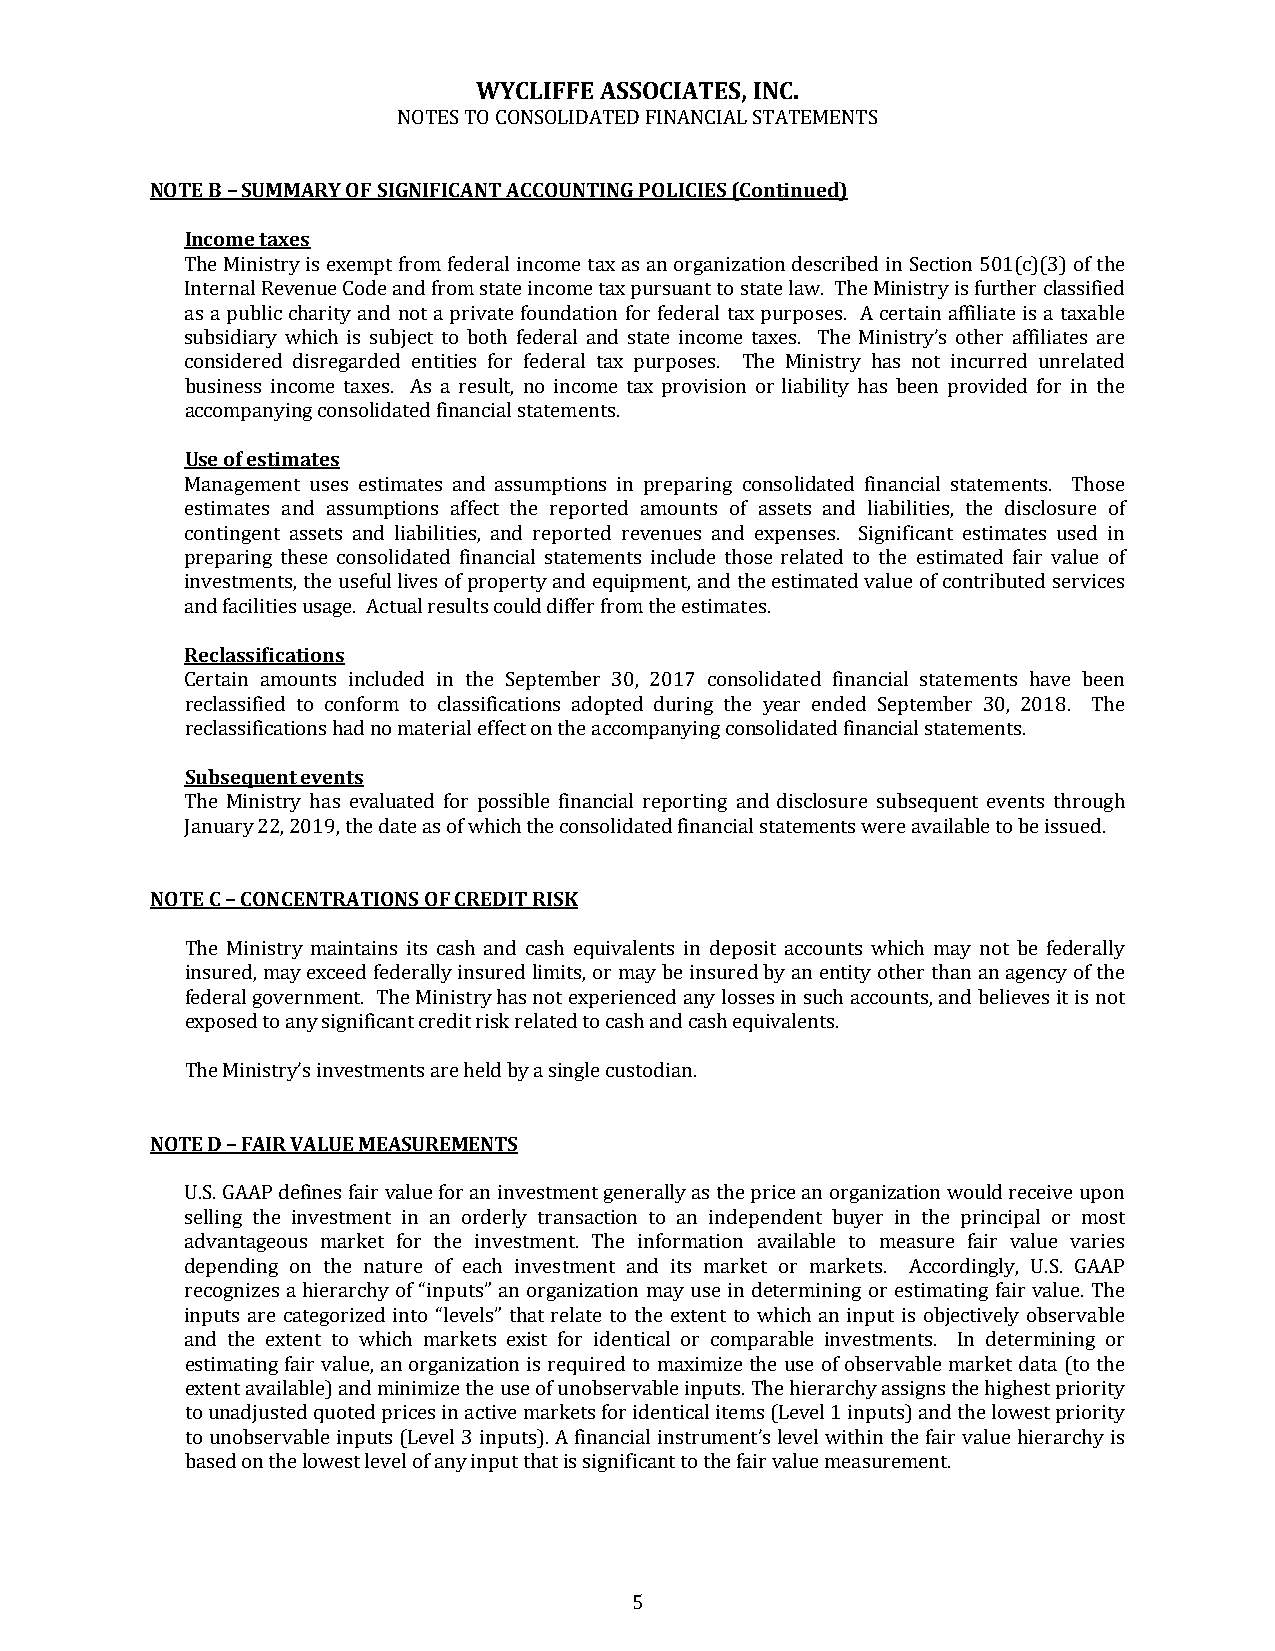
WYCLIFFE ASSOCIATES, INC.
 NOTES TO CONSOLIDATED FINANCIAL STATEMENTS
 NOTE B – SUMMARY OF SIGNIFICANT ACCOUNTING POLICIES (Continued)
 Income taxes
 The Ministry is exempt from federal income tax as an organization described in Section 501(c)(3) of the
 Internal Revenue Code and from state income tax pursuant to state law. The Ministry is further classified
 as a public charity and not a private foundation for federal tax purposes. A certain affiliate is a taxable
 subsidiary which is subject to both federal and state income taxes. The Ministry’s other affiliates are
 considered disregarded entities for federal tax purposes. The Ministry has not incurred unrelated
 business income taxes. As a result, no income tax provision or liability has been provided for in the
 accompanying consolidated financial statements.
 Use of estimates
 Management uses estimates and assumptions in preparing consolidated financial statements. Those
 estimates and assumptions affect the reported amounts of assets and liabilities, the disclosure of
 contingent assets and liabilities, and reported revenues and expenses. Significant estimates used in
 preparing these consolidated financial statements include those related to the estimated fair value of
 investments, the useful lives of property and equipment, and the estimated value of contributed services
 and facilities usage. Actual results could differ from the estimates.
 Reclassifications
 Certain amounts included in the September 30, 2017 consolidated financial statements have been
 reclassified to conform to classifications adopted during the year ended September 30, 2018. The
 reclassifications had no material effect on the accompanying consolidated financial statements.
 Subsequent events
 The Ministry has evaluated for possible financial reporting and disclosure subsequent events through
 January 22, 2019, the date as of which the consolidated financial statements were available to be issued.
 NOTE C – CONCENTRATIONS OF CREDIT RISK
 The Ministry maintains its cash and cash equivalents in deposit accounts which may not be federally
 insured, may exceed federally insured limits, or may be insured by an entity other than an agency of the
 federal government. The Ministry has not experienced any losses in such accounts, and believes it is not
 exposed to any significant credit risk related to cash and cash equivalents.
 The Ministry’s investments are held by a single custodian.
 NOTE D – FAIR VALUE MEASUREMENTS
 U.S. GAAP defines fair value for an investment generally as the price an organization would receive upon
 selling the investment in an orderly transaction to an independent buyer in the principal or most
 advantageous market for the investment. The information available to measure fair value varies
 depending on the nature of each investment and its market or markets. Accordingly, U.S. GAAP
 recognizes a hierarchy of “inputs” an organization may use in determining or estimating fair value. The
 inputs are categorized into “levels” that relate to the extent to which an input is objectively observable
 and the extent to which markets exist for identical or comparable investments. In determining or
 estimating fair value, an organization is required to maximize the use of observable market data (to the
 extent available) and minimize the use of unobservable inputs. The hierarchy assigns the highest priority
 to unadjusted quoted prices in active markets for identical items (Level 1 inputs) and the lowest priority
 to unobservable inputs (Level 3 inputs). A financial instrument’s level within the fair value hierarchy is
 based on the lowest level of any input that is significant to the fair value measurement.
 5